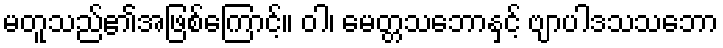
မတူသည်၏အဖြစ်ကြောင့်။ ဝါ၊ မေတ္တသဘောနှင့် ဗျာပါဒသသဘော